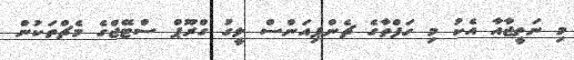
މި ނަތީޖާއާ އެކު މި ހަފްތާގެ ޗެންޕިއަންސް ލީގު ގްރޫޕް ސްޓޭޖްގެ މެޗްތަކުން